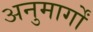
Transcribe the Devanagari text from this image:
अनुमार्गों